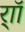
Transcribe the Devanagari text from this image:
र्‍ाॉ